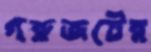
গরুজটের